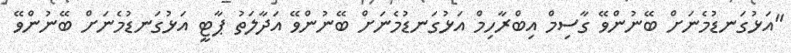
"އަޅުގަނޑުމެނަށް ބޭނުންވޭ ގާސިމް އިބްރާހިމް އަޅުގަނޑުމެނަށް ބޭނުންވޭ އަދާލަތު ޕާޓީ އަޅުގަނޑުމެނަށް ބޭނުންވޭ